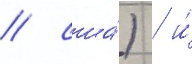
/ сша́) / и́